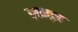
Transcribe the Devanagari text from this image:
इलावृत्त